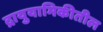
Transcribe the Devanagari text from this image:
द्रायुयामिकीतील